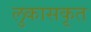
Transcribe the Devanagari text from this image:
लुकासकृत